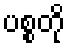
ပစ္စတို